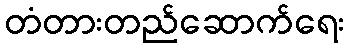
တံတားတည်ဆောက်ရေး